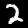
Digit: 2